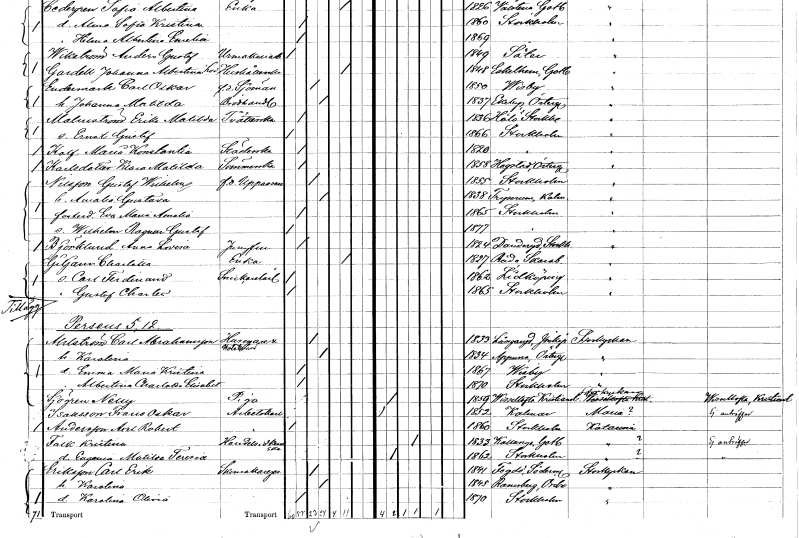
gt_parse: households: individuals: FN: Erika Matilda
EN: Malmström
YRKE: Tvätterska
KON: K
CIV: O
FODAR: 1836
FODFORS: Hölö Stockholms län
FN: Ernst Gustaf
KON: M
CIV: O
FODAR: 1866
FODFORS: Stockholm
FN: Maria Konstantia
EN: Kalf
YRKE: Städerska
KON: K
CIV: O
FODAR: 1820
FODFORS: Stockholm
FN: Klara Matilda
EN: Karlsdotter
YRKE: Sömmerska
KON: K
CIV: O
FODAR: 1858
FODFORS: Hogstad Östergötlands län
FN: Gustaf Wilhelm
EN: Nilsson
YRKE: Uppassare f.d.
KON: M
CIV: G
FODAR: 1855
FODFORS: Stockholm
FN: Amalia Gustava
KON: K
CIV: G
FODAR: 1838
FODFORS: Tryserum Östergötlands län
FN: Eva Maria Amalia
KON: K
CIV: O
FODAR: 1865
FODFORS: Stockholm
FN: Wilhelm Ragnar Gustaf
KON: M
CIV: O
FODAR: 1877
FODFORS: Stockholm
FN: Anna Lovisa
EN: Björklund
YRKE: Jungfru
KON: K
CIV: O
FODAR: 1824
FODFORS: Danderyd Stockholms län
FN: Charlotta
EN: Gilgjam
YRKE: Änka
KON: K
CIV: E
FODAR: 1827
FODFORS: Råda Skaraborgs län
FN: Carl Ferdinand
YRKE: Snickarelärling
KON: M
CIV: O
FODAR: 1862
FODFORS: Lidköping Skaraborgs län
FN: Gustaf Charles
KON: M
CIV: O
FODAR: 1865
FODFORS: Stockholm
FN: Carl
EN: Ahlström Abrahamsson
YRKE: Husägare Hotellvärd
KON: M
CIV: G
FODAR: 1833
FODFORS: Långaryd Jönköpings län
FN: Karolina
KON: K
CIV: G
FODAR: 1834
FODFORS: Appuna Östergötlands län
FN: Emma Maria Kristina
KON: K
CIV: O
FODAR: 1867
FODFORS: Visby Gotlands län
FN: Albertina Charlotta Elisabet
KON: K
CIV: O
FODAR: 1870
FODFORS: Stockholm
FN: Nelly
EN: Sjögren
YRKE: Piga
KON: K
CIV: O
FODAR: 1859
FODFORS: Visseltofta Kristianstads län
FN: Frans Oskar
EN: Isaksson
YRKE: Arbetskarl
KON: M
CIV: O
FODAR: 1852
FODFORS: Kalmar Kalmar län
FN: Axel Robert
EN: Andersson
YRKE: Arbetskarl
KON: M
CIV: O
FODAR: 1860
FODFORS: Stockholm
FN: Kristina
EN: Falk
YRKE: Handelsidkerska
KON: K
CIV: G
FODAR: 1833
FODFORS: Källunge Gotlands län
FN: Eugenia Matilda Teresia
KON: K
CIV: O
FODAR: 1862
FODFORS: Stockholm
FN: Carl Erik
EN: Eriksson
YRKE: Skomakaregesäll
KON: M
CIV: G
FODAR: 1841
FODFORS: Fogdö Södermanlands län
FN: Karolina
KON: K
CIV: G
FODAR: 1845
FODFORS: Ramsberg Örebro län
FN: Karolina Olivia
KON: K
CIV: O
FODAR: 1870
FODFORS: Stockholm